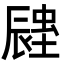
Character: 𨑉